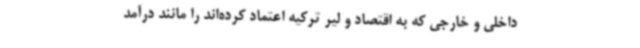
داخلی و خارجی که به اقتصاد و لیر ترکیه اعتماد کرده‌اند را مانند درآمد